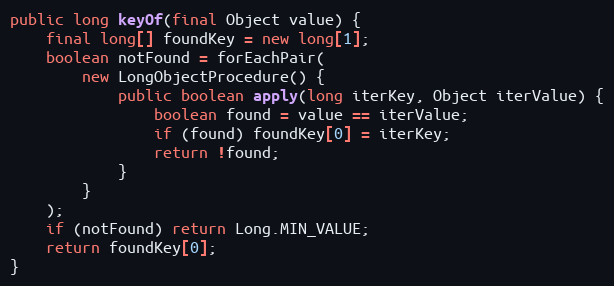
Language: Java
public long keyOf(final Object value) {
	final long[] foundKey = new long[1];
	boolean notFound = forEachPair(
		new LongObjectProcedure() {
			public boolean apply(long iterKey, Object iterValue) {
				boolean found = value == iterValue;
				if (found) foundKey[0] = iterKey;
				return !found;
			}
		}
	);
	if (notFound) return Long.MIN_VALUE;
	return foundKey[0];
}